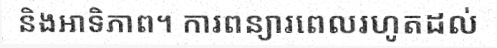
និងអាទិភាព។ ការពន្យារពេលរហូតដល់